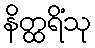
နိတ္ထရိံသု